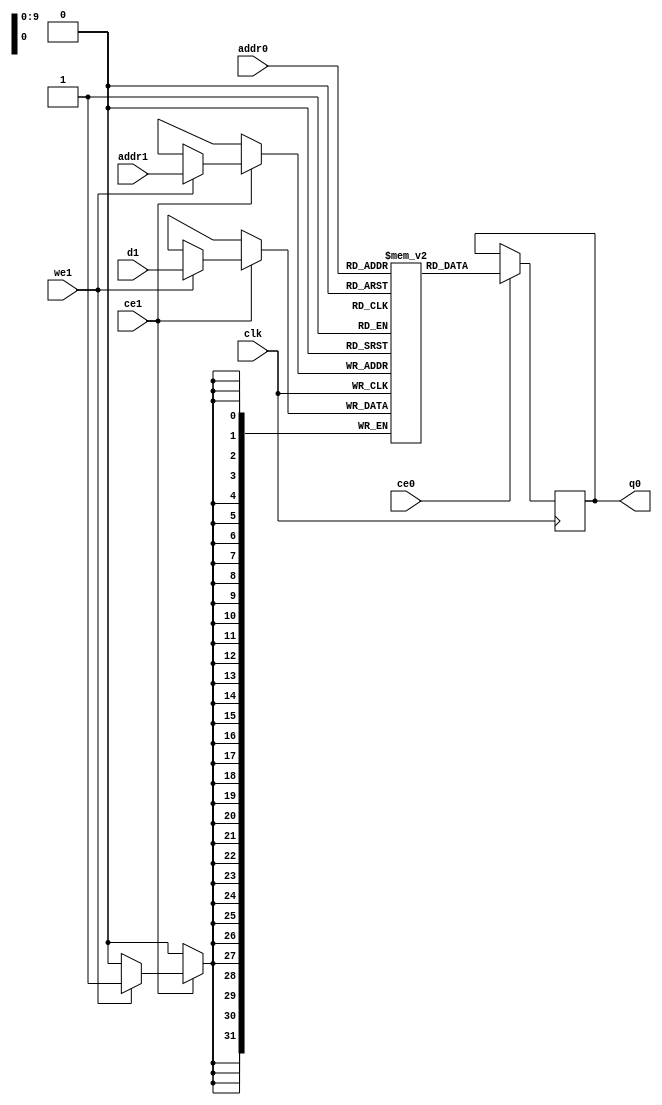
// ==============================================================
// File generated by Vivado(TM) HLS - High-Level Synthesis from C, C++ and SystemC
// Version: 2018.2
// Copyright (C) 1986-2018 Xilinx, Inc. All Rights Reserved.
// 
// ==============================================================

`timescale 1 ns / 1 ps
module gradient_weight_yfYi_ram (addr0, ce0, q0, addr1, ce1, d1, we1,  clk);

parameter DWIDTH = 32;
parameter AWIDTH = 10;
parameter MEM_SIZE = 1024;

input[AWIDTH-1:0] addr0;
input ce0;
output reg[DWIDTH-1:0] q0;
input[AWIDTH-1:0] addr1;
input ce1;
input[DWIDTH-1:0] d1;
input we1;
input clk;

(* ram_style = "block" *)reg [DWIDTH-1:0] ram[0:MEM_SIZE-1];




always @(posedge clk)  
begin 
    if (ce0) 
    begin
            q0 <= ram[addr0];
    end
end


always @(posedge clk)  
begin 
    if (ce1) 
    begin
        if (we1) 
        begin 
            ram[addr1] <= d1; 
        end 
    end
end


endmodule


`timescale 1 ns / 1 ps
module gradient_weight_yfYi(
    reset,
    clk,
    address0,
    ce0,
    q0,
    address1,
    ce1,
    we1,
    d1);

parameter DataWidth = 32'd32;
parameter AddressRange = 32'd1024;
parameter AddressWidth = 32'd10;
input reset;
input clk;
input[AddressWidth - 1:0] address0;
input ce0;
output[DataWidth - 1:0] q0;
input[AddressWidth - 1:0] address1;
input ce1;
input we1;
input[DataWidth - 1:0] d1;



gradient_weight_yfYi_ram gradient_weight_yfYi_ram_U(
    .clk( clk ),
    .addr0( address0 ),
    .ce0( ce0 ),
    .q0( q0 ),
    .addr1( address1 ),
    .ce1( ce1 ),
    .we1( we1 ),
    .d1( d1 ));

endmodule